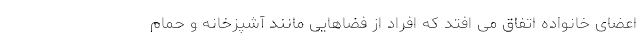
اعضای خانواده اتفاق می افتد که افراد از فضاهایی مانند آشپزخانه و حمام